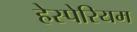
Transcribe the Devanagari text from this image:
हेस्पेरियम